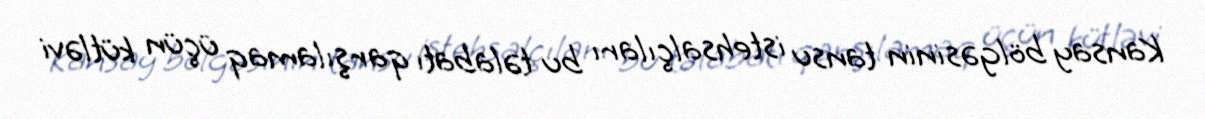
Kansay bölgəsinin tansu istehsalçıları bu təlabatı qarşılamaq üçün kütləvi